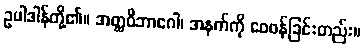
ဥပါဒါန်တို့၏။ အတ္ထဝိဘာဂေါ၊ အနက်ကို ဝေဖန်ခြင်းတည်း။